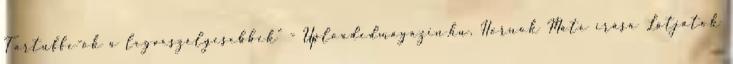
Tartuffe-ök a legveszélyesebbek” - Uploadedmagazin.hu, Hornok Máté írása Látjátok